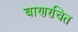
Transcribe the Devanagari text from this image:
बाणरचित